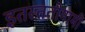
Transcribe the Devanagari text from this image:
इतस्ततोगामी